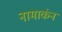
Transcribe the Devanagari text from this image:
नामाकंन